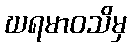
ဃရမာဝသိမှ